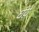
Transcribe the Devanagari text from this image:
घंये